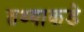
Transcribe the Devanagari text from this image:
तथ्याकडे